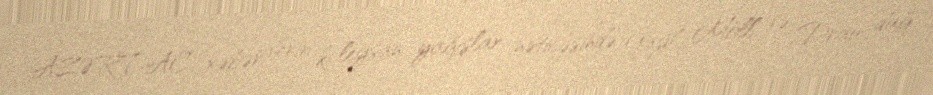
AZƏRTAC xəbər verir ki, leysan yağışlar nəticəsində Gayl, Möll və Drau dağ